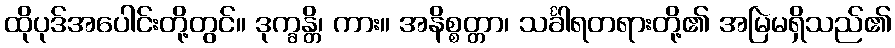
ထိုပုဒ်အပေါင်းတို့တွင်။ ဒုက္ခန္တိ၊ ကား။ အနိစ္စတ္တာ၊ သင်္ခါရတရားတို့၏ အမြဲမရှိသည်၏